Lunatic asylums Central Provinces reports 1886-1894 - 1886-1894
Year: 1886
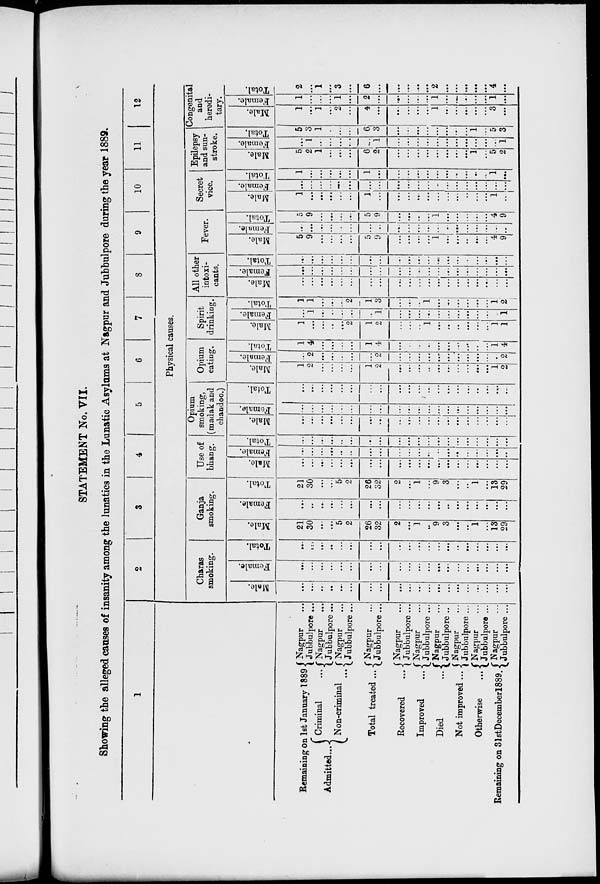
STATEMENT No. VII.
Showing the alleged causes of insanity among the lunatics in the Lunatic Asylums at Nagpur and Jubbulpore during the year 1889.
1
Remaining on 1st January 1889
Admitted ...
Criminal ...
Non-criminal ...
Total treated ...
Recovered ...
Improved
...
Died
...
Not improved ...
Otherwise
...
Remaining on 31st Decemberl889.
Nagpur ...
Jubbulpore ...
Nagpur ...
Jubbulpore ...
Nagpur ...
Jubbulpore ...
Nagpur ...
Jubbulpore ...
Nagpur ...
Jubbulpore ...
Nagpur ...
Jubbulpore ...
Nagpur ...
Jubbulpore ..
Nagpur ...
Jubbulpore ...
Nagpur ...
Jubbulpore ...
Nagpur ...
Jubbulpore ...
2
3
4
5
6
7
8
9
10
11
12
Physical causes.
Charas
smoking.
Male.
...
...
...
...
...
...
...
...
...
...
...
...
...
...
...
...
...
...
...
... .
Female.
...
...
...
...
...
...
...
...
...
...
...
...
...
...
...
...
...
...
...
. ...
Total.
...
...
...
...
...
...
...
...
...
...
...
...
...
...
...
...
...
...
...
...
Ganja
smoking.
Male.
21
30
...
...
5
2
26
32
2
...
1
...
9
3
...
...
1
...
13
29
Female.
...
...
...
...
...
...
...
...
...
...
...
...
...
...
...
...
...
...
...
...
Total.
21
30
...
...
5
2
26
32
2
...
1
...
9
3
...
...
1
...
13
29
Use of
bhang.
Male.
...
...
...
...
...
...
...
...
...
...
...
...
...
...
...
...
...
...
...
...
Female.
...
...
...
...
...
...
...
...
...
...
...
...
...
...
...
...
...
...
...
...
Total.
...
...
...
...
...
...
...
...
...
...
...
...
...
...
...
...
...
...
...
...
Opium
smoking,
(madak and
chandoo.)
Male.
...
...
...
...
...
...
...
...
...
...
...
...
...
...
...
...
...
...
...
...
Female.
...
...
...
...
...
...
...
...
...
...
...
...
...
...
...
...
...
...
...
...
Total.
...
...
...
...
...
...
...
...
...
...
...
...
...
...
...
...
...
...
...
...
Opium
eating.
Male.
1
2
...
...
...
...
1
2
...
...
...
...
...
...
...
...
...
...
1
2
Female.
...
2
...
...
...
...
...
2
...
...
...
...
...
...
...
...
...
...
...
2
Total.
1
4
...
...
...
...
1
4
...
...
...
...
...
...
...
...
...
...
1
4
Spirit
drinking.
Male.
1
...
...
...
...
2
1
2
...
...
...
1
...
...
...
...
...
...
1
1
Female.
...
1
...
...
...
...
...
1
...
...
...
...
...
...
...
...
...
...
...
1
Total.
1
1
...
...
...
2
1
3
...
...
...
1
...
...
...
...
...
...
1
2
All other
intoxi-
cants.
Male.
...
...
...
...
...
...
...
...
...
...
...
...
...
...
...
...
...
...
...
...
Female.
...
...
...
...
...
...
...
...
...
...
...
...
...
...
...
...
...
...
...
...
Total.
...
...
...
...
...
...
...
...
...
...
...
...
...
...
...
...
...
...
...
...
Fever.
Male.
5
9
...
...
...
...
5
9
...
...
...
...
1
...
...
...
...
...
4
9
Female.
...
...
...
...
...
...
...
...
...
...
...
...
...
...
...
...
...
...
...
...
Total.
5
9
...
...
...
...
5
9
...
...
...
...
1
...
...
...
...
...
4
9
Secret
vice.
Male.
1
...
...
...
...
...
1
...
...
...
...
...
...
...
...
...
...
...
1
...
Female.
...
...
...
...
...
...
...
...
...
...
...
...
...
...
...
...
...
...
...
...
Total.
1
...
...
...
...
...
1
...
...
...
...
...
...
...
...
...
...
...
1
...
Epilepsy
and sun-
stroke.
Male.
5
2
1
...
...
...
6
2
...
...
...
...
...
...
...
...
1
...
5
2
Female.
...
1
...
...
...
...
...
1
...
...
...
...
...
...
...
...
...
...
...
1
Total.
5
3
1
...
...
...
6
3
...
...
...
...
...
...
...
...
1
...
5
3
Congenital
and
heredi-
tary.
Male.
1
...
1
...
2
...
4
...
...
...
...
...
1
...
...
...
...
...
3
...
Female.
1
...
...
...
1
...
2
...
...
...
...
...
1
...
...
...
...
...
1
...
Total.
2
...
1
...
3
...
6
...
...
...
...
...
2
...
...
...
...
...
4
...